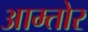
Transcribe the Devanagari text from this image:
आम्तोर